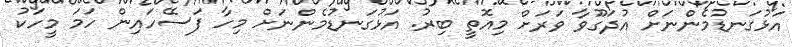
އަޅުގަނޑުމެންނަށް އުދަގޫވާ ވަރަށް މިއޮތީ ބިރު. އަޅުގަނޑުމެންނަށް މިހާ ފަސޭހައިން ހަމަ މީހަކު